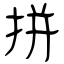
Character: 拼